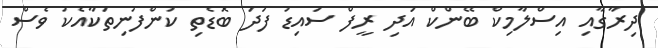
ދިރާގާއި އިސްލާމިކް ބޭންކް އަދި ރީފް ސައިޑު ފަދަ ބޮޑެތި ކުންފުނިތަކާއެކު ވެސް